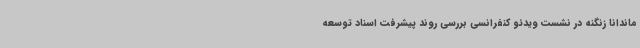
ماندانا زنگنه در نشست ویدئو کنفرانسی بررسی روند پیشرفت اسناد توسعه